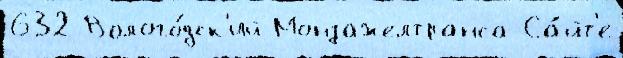
632 Волого́дск'ий Монзажелтранса Са́йт'е